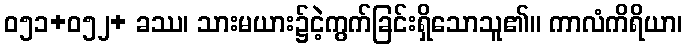
ဝ၅၁+၀၅၂+ ခဿ၊ သားမယား၌ငဲ့ကွက်ခြင်းရှိသောသူ၏။ ကာလံကိရိယာ၊